Riigikantselei, lk 407
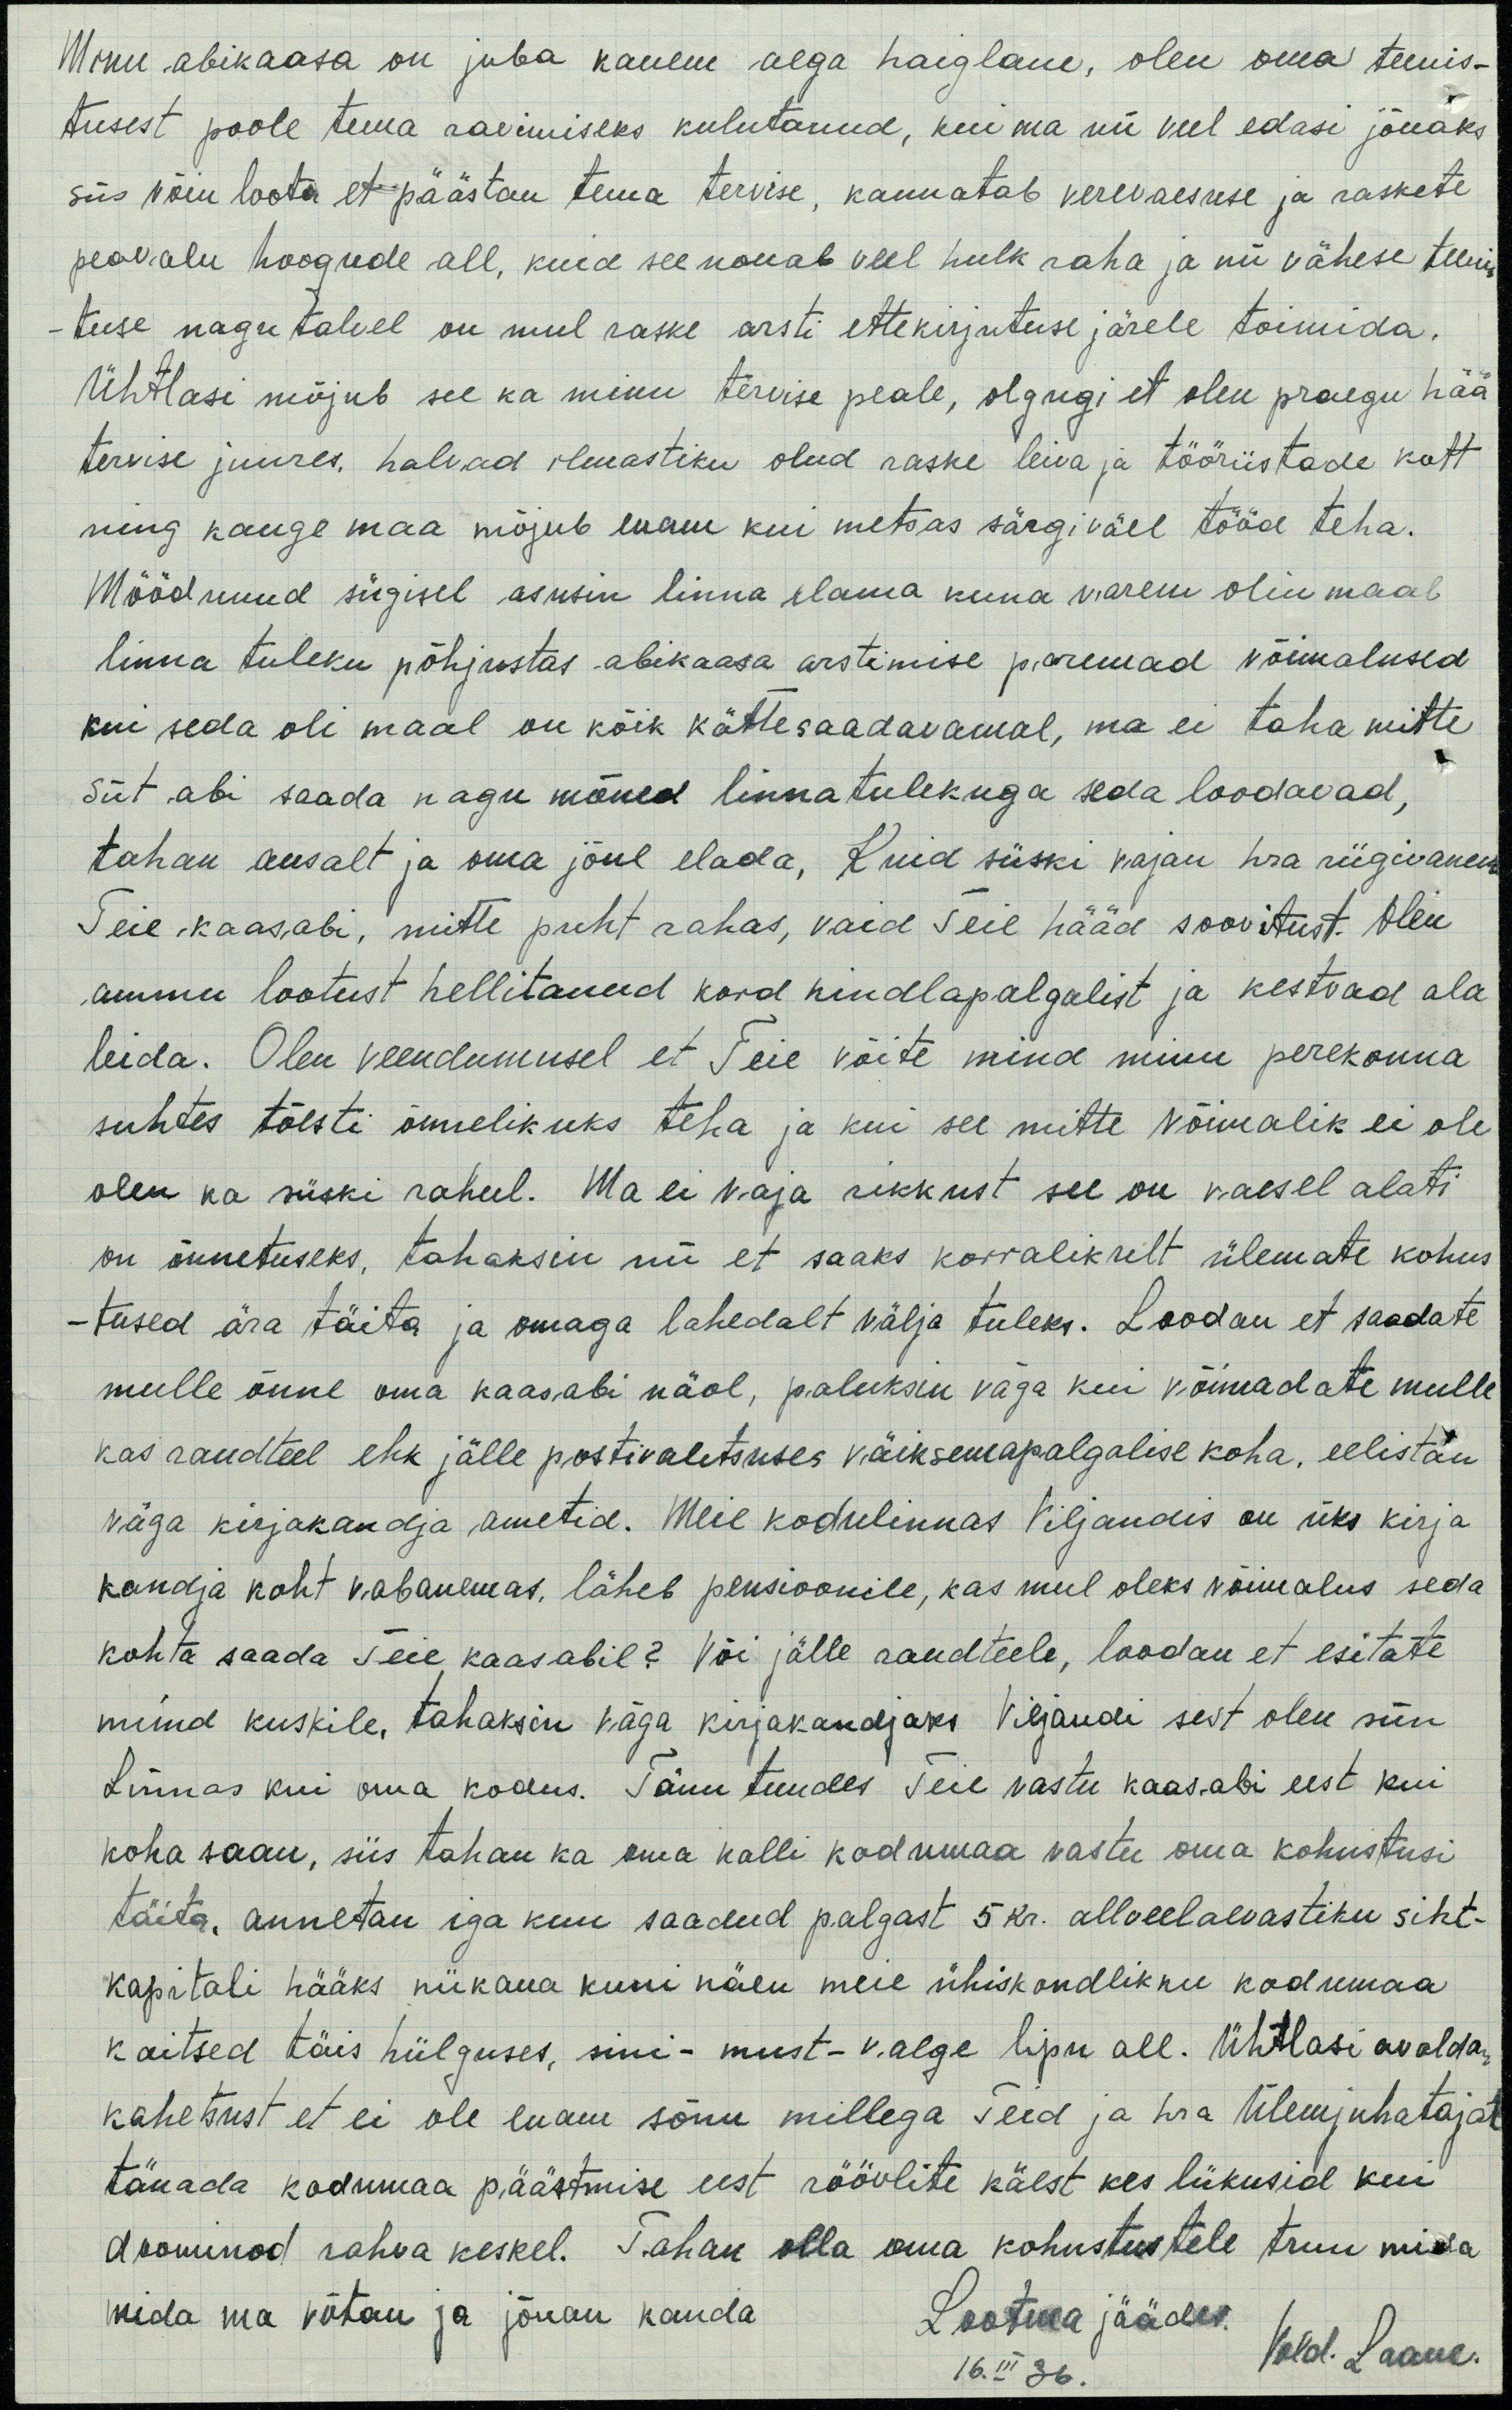
Minu abikaasa on juba kauem aega haiglane, olen oma teenis-
tusest poole tema ravimiseks kulutanud, kui ma nii veel edasi jõuaks
siis võin loota et päästan tema tervise, kannatab verevaesuse ja raskete
peavalu hoogude all, kuid see nouab veel hulk raha ja nii vähese teenis
-tuse nagu talvel on mul raske arsti ettekirjutuse järele toimida.
Ühtlasi mõjub see ka minu tervise peale, olgugi et olen praegu hää
tervise juures, halvad ilmastiku olud raske leiva ja tööriistade kott
ning kauge maa mõjub lugu kui metsas särgiväel tööd teha.
Möödunud sügisel asusin linna elama kuna varem olin maal
linna tuleku põhjustas abikaasa arstimise paremad võimalused
kui seda oli maal on kõik kättesaadavamal, ma ei taha mitte
siit abi saada nagu mõned linnatulekuga seda loodavad,
tahan ausalt ja oma jõul elada, Kuid siiski vajan hra riigivanem
Teie kaasabi, mitte puht rahas, vaid Teie hääd soovitust. Olen
ammu lootust hellitanud kord kindlapalgalist ja kestvad ala
leida. Olen veendumusel et Teie võite mind minu perekonna
suhtes tõesti õnnelikuks teha ja kui see mitte võimalik ei ole
olen ka siiski rahul. Ma ei vaja rikkust see on vaesel alati
on õnnetuseks, tahaksin nii et saaks korralikult ülemate kohus
-tused ära täita ja omaga lahedalt välja tuleks. Loodan et saadate
mulle õnne oma kaasabi näol, paluksin väga kui võimadate mulle
kas raudteel ehk jälle postivalitsuses väiksemapalgalise koha, eelistan
väga kirjakandja ametid. Meie kodulinnas Viljandis on üks kirja
kandja koht vabanemas, läheb pensioonile, kas mul oleks võimalus seda
kohta saada Teie kaasabil? Või jälle raudteele, loodan et esitate
mind kuskile, tahaksin väga kirjakandjaks Viljandi sest olen siin
Linnas kui oma kodus. Tänu tundes Teie vastu kaasabi eest kui
koha saan, siis tahan ka oma kalli kodumaa vastu oma kohustusi
täita, annetan iga kuu saadud palgast 5 kr. allveelaevastiku siht-
kapitali hääks niikaua kuni näen meie ühiskondlikku kodumaa
kaitsed täis hiilguses, sini - must - valge lipu all. Ühtlasi avaldan
kahetsust et ei ole enam sõnu millega Teid ja hra Ülemjuhatajat
tänada kodumaa päästmise eest röövlite käest kes liikusid kui
doominod rahva keskel. Tahan olla oma kohustustele truu mida
mida ma võtan ja jõuan kanda
Lootma jäädes.
Vold. Laane
16. III 36.